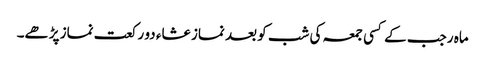
ماہ رجب کے کسی جمعہ کی شب کو بعد نماز عشاء دو رکعت نماز پڑھے۔